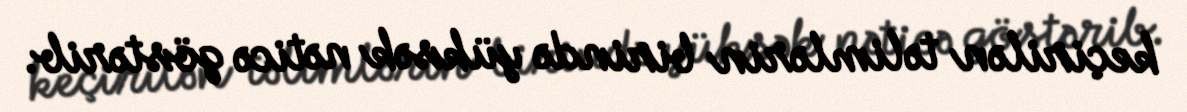
keçirilən təlimlərin birində yüksək nəticə göstərib.